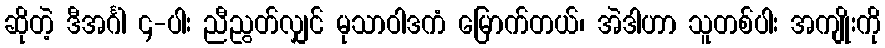
ဆိုတဲ့ ဒီအင်္ဂါ ၄-ပါး ညီညွတ်လျှင် မုသာဝါဒကံ မြောက်တယ်၊ အဲဒါဟာ သူတစ်ပါး အကျိုးကို